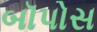
બૉપોસ